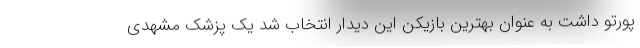
پورتو داشت به عنوان بهترین بازیکن این دیدار انتخاب شد یک پزشک مشهدی